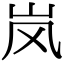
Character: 岚